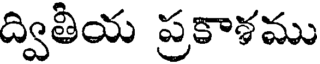
ద్వితీయ ప్రకాశము